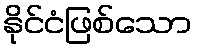
နိုင်ငံဖြစ်သော